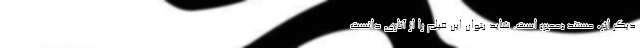
دیگر اثر، مستند «معبر» است. شاید بتوان این فیلم را از آثاری دانست